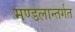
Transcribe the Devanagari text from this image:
मण्डलान्तर्गत